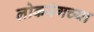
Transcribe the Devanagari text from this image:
लोकरंगच्या